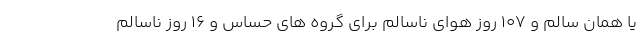
یا همان سالم و ۱۰۷ روز هوای ناسالم برای گروه های حساس و ۱۶ روز ناسالم